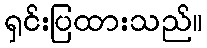
ရှင်းပြထားသည်။